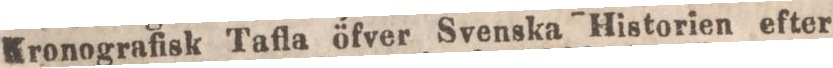
Kronografisk Tafla öfver Svenska Historien efter